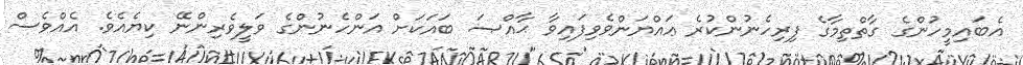
އެބައިމީހުންގެ ގާތްތިމާގެ ފިރިހެނުންކުރެ ޢައްޔަންވެވިފައިވާ ޙާއްޞަ ބައަކަށް އަންހެނުންގެ ވަލީވެރިންނޭ ކިޔެއެވެ. އެއްވެސް